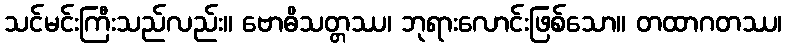
သင်မင်းကြီးသည်လည်း။ ဗောဓိသတ္တဿ၊ ဘုရားလောင်းဖြစ်သော။ တထာဂတဿ၊